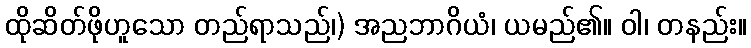
ထိုဆိတ်ဖိုဟူသော တည်ရာသည်၊) အညဘာဂိယံ၊ ယမည်၏။ ဝါ၊ တနည်း။